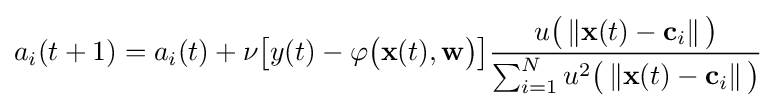
a_{i}(t+1)=a_{i}(t)+\nu {\big [}y(t)-\varphi {\big (}\mathbf {x} (t),\mathbf {w} {\big )}{\big ]}{\frac {u{\big (}\left\Vert \mathbf {x} (t)-\mathbf {c} _{i}\right\Vert {\big )}}{\sum _{i=1}^{N}u^{2}{\big (}\left\Vert \mathbf {x} (t)-\mathbf {c} _{i}\right\Vert {\big )}}}